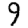
Digit: 9